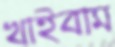
খাইবাম